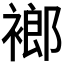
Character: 𧜛